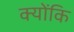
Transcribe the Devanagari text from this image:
क्‍योंकि